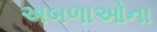
અબળાઓના